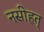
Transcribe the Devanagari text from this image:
नसीहत्